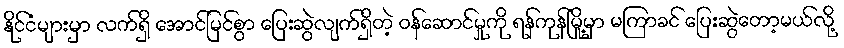
နိုင်ငံများမှာ လက်ရှိ အောင်မြင်စွာ ပြေးဆွဲလျက်ရှိတဲ့ ဝန်ဆောင်မှုကို ရန်ကုန်မြို့မှာ မကြာခင် ပြေးဆွဲတော့မယ်လို့